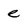
Character: e